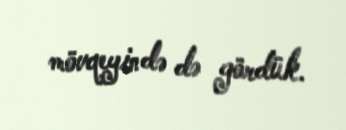
mövqeyində də gördük.